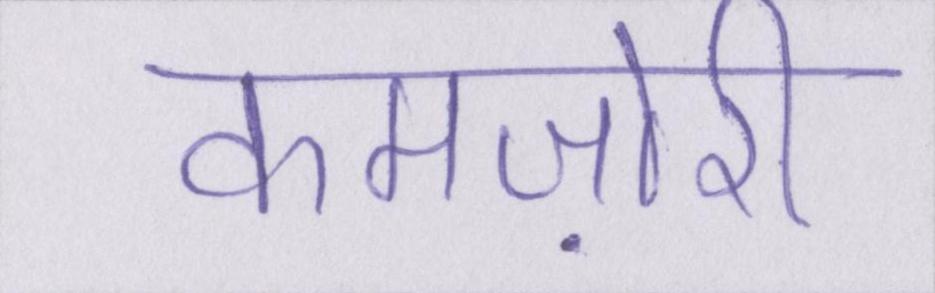
कमज़ोरी